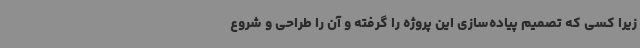
زیرا کسی که تصمیم پیاده‌سازی این پروژه را گرفته و آن را طراحی و شروع